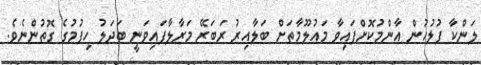
ލަންކާ ފުލުހުން އާންމުކޮށްފައިވާ މައުލޫމާތަށް ބަލާއިރު ރަބަރޭ މަރާލާފައިވަނީ ބަދަލު ހިފުމުގެ ގޮތުންނެވެ.